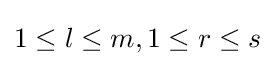
1\leq l\leq m,1\leq r\leq s